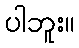
ပါဘူး။